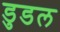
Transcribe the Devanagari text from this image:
डुडल